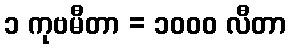
၁ ကုဗမီတာ = ၁၀၀၀ လီတာ